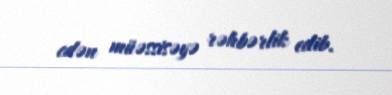
edən müəssisəyə rəhbərlik edib.